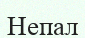
Непал